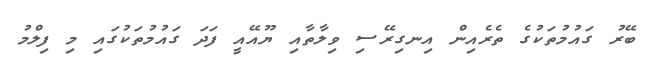
ބޭރު ގައުމުތަކުގެ ތެރެއިން އިނގިރޭސި ވިލާތާއި ޔޫއޭއީ ފަދަ ގައުމުތަކުގައި މި ފިލްމު